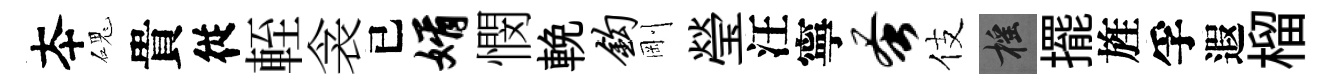
夲磈貴従輊衾已婿憫輓钩剛瑩汪寧蚤伎摇擺旌孚遐榴